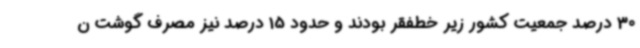
30 درصد جمعیت کشور زیر خطفقر بودند و حدود 15 درصد نیز مصرف گوشت ن